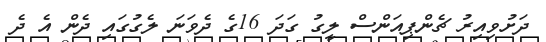
ދަށުވިއިރު ޗެންޕިއަންސް ލީގު ގަދަ 16ގެ ދެވަނަ ލެގުގައި ދެން އެ ދެ